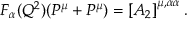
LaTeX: F _ { \alpha } ( Q ^ { 2 } ) ( P ^ { \mu } + P ^ { \mu } ) = \left[ { \cal A } _ { 2 } \right] ^ { \mu , \alpha \alpha } .